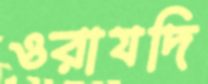
ওরাযদি